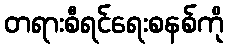
တရားစီရင်ရေးစနစ်ကို